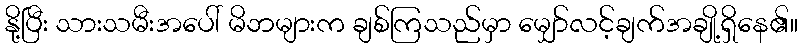
နို့ပြီး သားသမီးအပေါ် မိဘများက ချစ်ကြသည်မှာ မျှော်လင့်ချက်အချို့ရှိနေ၏။